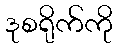
ဒုစရိုက်ကို